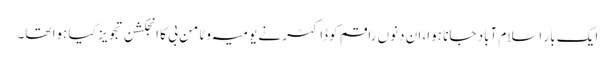
ایک بار اسلام آباد جانا ہوا، ان دنوں راقم کو ڈاکٹر نے یومیہ وٹامن بی کا انجکشن تجویز کیا ہوا تھا۔